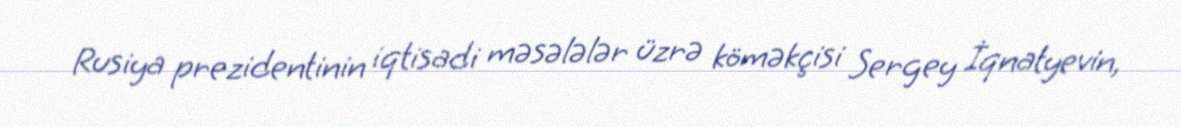
Rusiya prezidentinin iqtisadi məsələlər üzrə köməkçisi Sergey İqnatyevin,